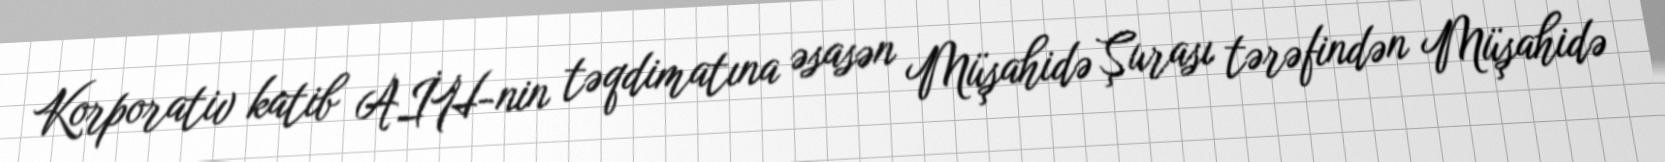
Korporativ katib AİH-nin təqdimatına əsasən Müşahidə Şurası tərəfindən Müşahidə